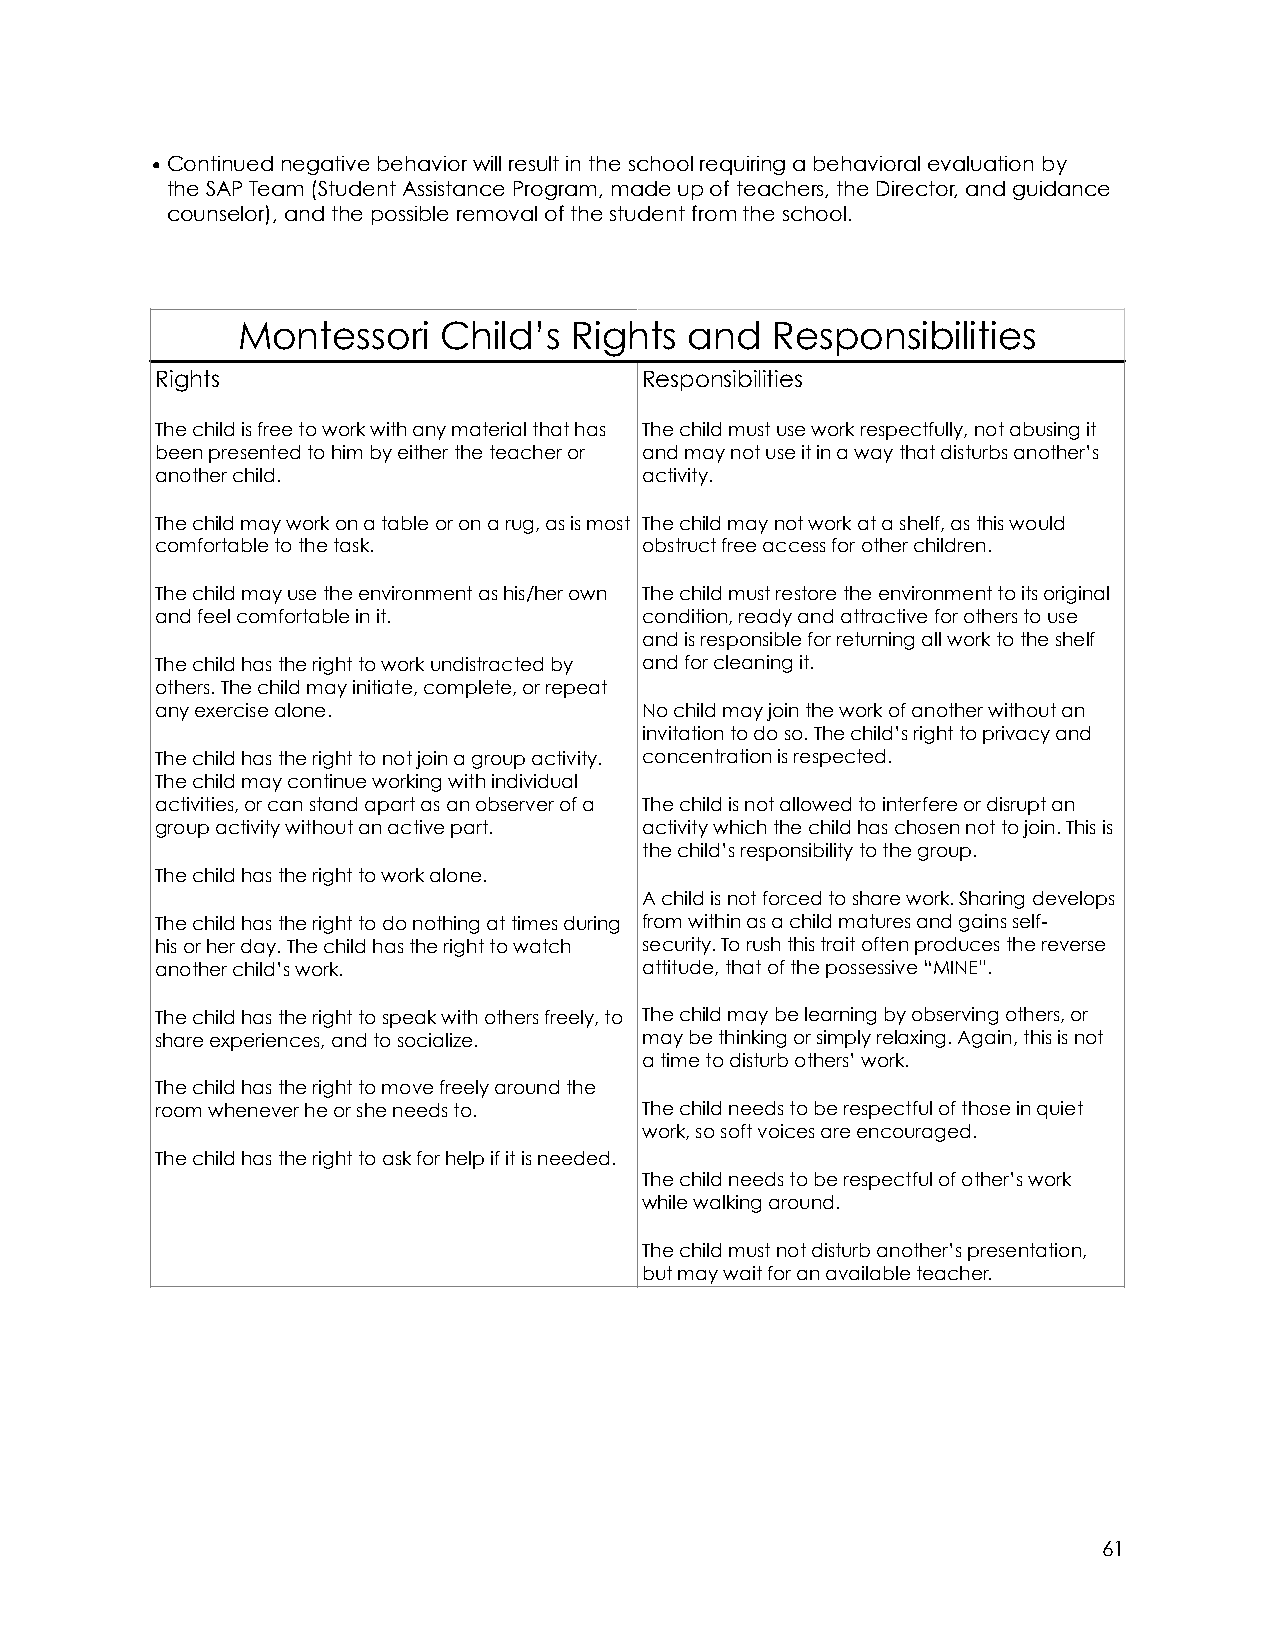
•Continued negative behavior will result in the school requiring a behavioral evaluation by
 the SAP Team (Student Assistance Program, made up of teachers, the Director, and guidance
 counselor), and the possible removal of the student from the school.
 Montessori   Child’s  Rights  and  Responsibilities
 Rights                           Responsibilities
 The child is free to work with any material that has The child must use work respectfully, not abusing it
 been presented to him by either the teacher or and may not use it in a way that disturbs another’s
 another child.                   activity.
 The child may work on a table or on a rug, as is most The child may not work at a shelf, as this would
 comfortable to the task.         obstruct free access for other children.
 The child may use the environment as his/her own The child must restore the environment to its original
 and feel comfortable in it.      condition, ready and attractive for others to use
 and is responsible for returning all work to the shelf
 The child has the right to work undistracted by and for cleaning it.
 others. The child may initiate, complete, or repeat
 any exercise alone.              No child may join the work of another without an
 invitation to do so. The child’s right to privacy and
 The child has the right to not join a group activity. concentration is respected.
 The child may continue working with individual
 activities, or can stand apart as an observer of a The child is not allowed to interfere or disrupt an
 group activity without an active part. activity which the child has chosen not to join. This is
 the child’s responsibility to the group.
 The child has the right to work alone.
 A child is not forced to share work. Sharing develops
 The child has the right to do nothing at times during from within as a child matures and gains self-
 his or her day. The child has the right to watch security. To rush this trait often produces the reverse
 another child’s work.            attitude, that of the possessive “MINE”.
 The child has the right to speak with others freely, to The child may be learning by observing others, or
 share experiences, and to socialize. may be thinking or simply relaxing. Again, this is not
 a time to disturb others’ work.
 The child has the right to move freely around the
 room whenever he or she needs to. The child needs to be respectful of those in quiet
 work, so soft voices are encouraged.
 The child has the right to ask for help if it is needed.
 The child needs to be respectful of other’s work
 while walking around.
 The child must not disturb another’s presentation,
 but may wait for an available teacher.
 61